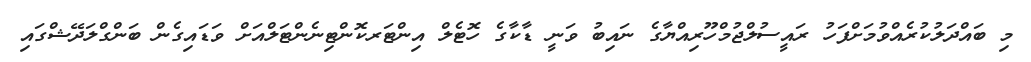
މި ބައްދަލުކުރެއްވުމަށްފަހު ރައީސުލްޖުމްހޫރިއްޔާގެ ނައިބު ވަނީ ޑާކާގެ ހޮޓެލް އިންޓަރކޮންޓިނެންޓަލްއަށް ވަޑައިގެން ބަންގްލަދޭޝްގައި